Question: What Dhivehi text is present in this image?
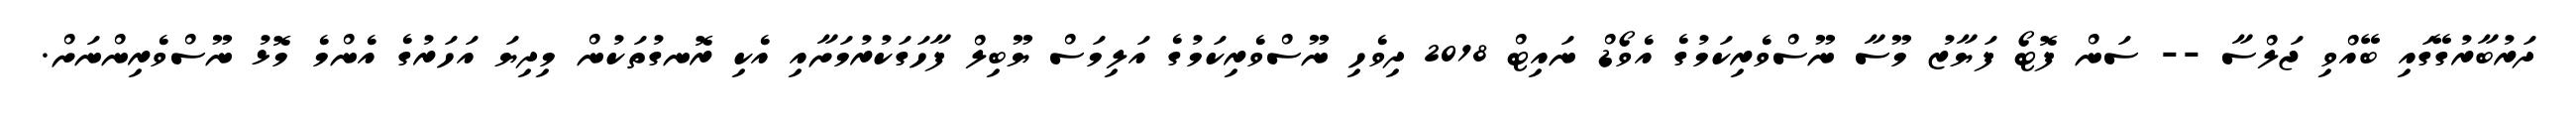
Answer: ދަރުބާރުގޭގައި ބޭއްވި ޖަލްސާ -- ސަން ފޮޓޯ ފަޔާޒު މޫސާ ނޫސްވެރިކަމުގެ އެވޯޑް ނައިޓް 2018 ދިވެހި ނޫސްވެރިކަމުގެ އަލިމަސް ޔޫބިލް ފާހަގަކުރުމަށާއި އެކި ރޮނގުތަކުން މިދިޔަ އަހަރުގެ އެންމެ މޮޅު ނޫސްވެރިންނަށް.